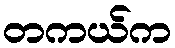
တကယ်က